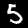
Digit: 5